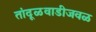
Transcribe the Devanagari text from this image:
तांदूळवाडीजवळ